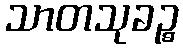
သာတသုခဉ္စ